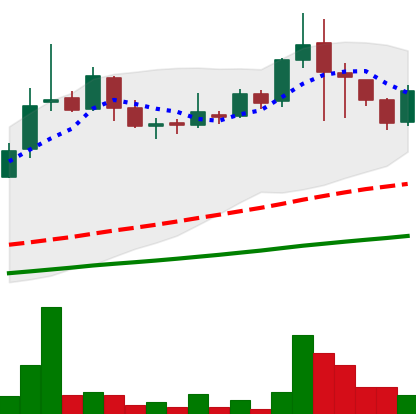
Ticker: LINK-USD
Chart end date: 2018-11-18
Forward return: -37.177%
Label: down_7plus